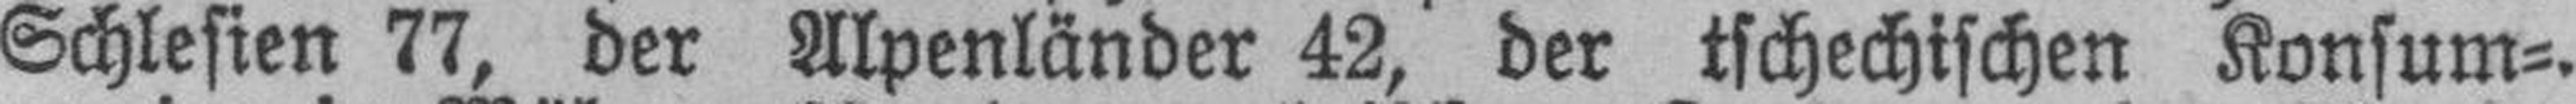
Schlesien 77, der Alpenländer 42, der tschechischen Konsum¬